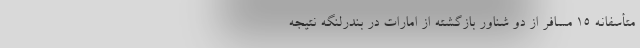
متأسفانه 15 مسافر از دو شناور بازگشته از امارات در بندرلنگه نتیجه